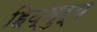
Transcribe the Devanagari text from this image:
हिघ्बुर्य्